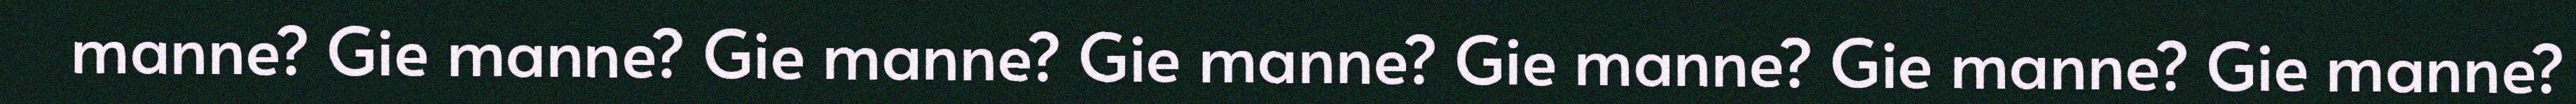
manne? Gie manne? Gie manne? Gie manne? Gie manne? Gie manne? Gie manne?